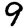
Digit: 9